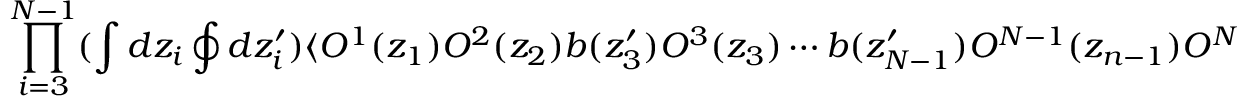
\prod _ { i = 3 } ^ { N - 1 } ( \int d z _ { i } \oint d z _ { i } ^ { \prime } ) \langle { \cal O } ^ { 1 } ( z _ { 1 } ) { \cal O } ^ { 2 } ( z _ { 2 } ) b ( z _ { 3 } ^ { \prime } ) { \cal O } ^ { 3 } ( z _ { 3 } ) \cdots b ( z _ { N - 1 } ^ { \prime } ) { \cal O } ^ { N - 1 } ( z _ { n - 1 } ) { \cal O } ^ { N } ( z _ { N } ) \rangle ,